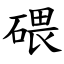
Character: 碨